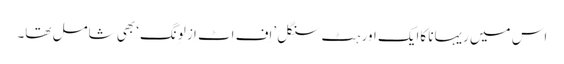
اس میں ریہانا کاایک اور ہٹ سنگل ’اِف اِٹ اِز لوِنگ‘ بھی شامل تھا۔